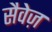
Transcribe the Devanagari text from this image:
सैवेज़